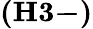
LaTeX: \mathbf{(H3-)}